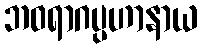
ဘဝရာဂပ္ပဟာနာယ